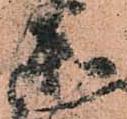
衛